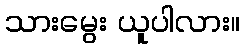
သားမွေး ယူပါလား။